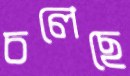
চলেছে